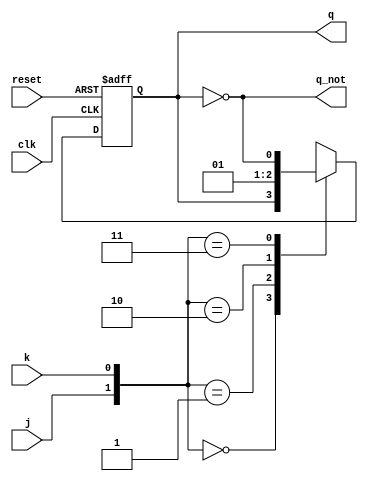
module jk_ff ( 
	input clk, 
	input reset, 
	input j, 
	input k, 
	output reg q, 
	output q_not
	);  
  
    always @ (posedge clk or negedge reset)  begin
      if (!reset)
		q <= 1'b0;
	  else begin
		case ({j,k})  
			2'b00 :  q <= q;  
			2'b01 :  q <= 0;  
			2'b10 :  q <= 1;  
			2'b11 :  q <= ~q;  
       		endcase 
	  end
	end
	
assign q_not = ~q;
	
endmodule  

`timescale 1us/1ns
module jk_ff_tb();

    	reg j; reg k;
	reg clk = 0;
	reg reset;
	wire q;
    	wire q_not;
	reg [1:0] delay;
   	integer i;
	
	// Instantiate the DUT
	jk_ff JKFF0( .clk(clk), .reset(reset), .j(j), .k(k), .q(q), .q_not(q_not));
	
	// Create the clk signal
	always begin
	    #0.5 clk = ~clk;
	end
	
    	// Create stimulus	  
    	initial begin
		reset = 0; j = 0; k = 0;
		#1;	reset = 1;
		#1; j = 0; k = 1;
		#1; j = 1; k = 0;
		#1; j = 1; k = 1;
		#1; j = 0; k = 0;
		#1; j = 1; k = 0;
	   	#(1.2); reset = 0; // reset the FF again		
	 end
	
    	// This will stop the simulator when the time expires
   	initial begin
    	    #10 $stop;
    	end  
endmodule